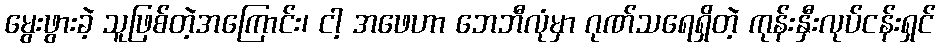
မွေးဖွားခဲ့ သူဖြစ်တဲ့အကြောင်း၊ ငါ့ အဖေဟာ ဘေဘီလုံမှာ ဂုဏ်သရေရှိတဲ့ ကုန်းနှီးလုပ်ငန်းရှင်